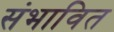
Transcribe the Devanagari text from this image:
संभावित